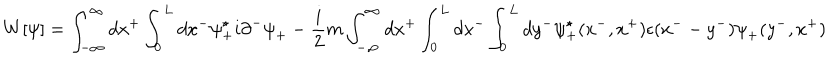
W [ { \psi } ] = \int _ { - \infty } ^ { \infty } d x ^ { + } \int _ { 0 } ^ { L } d x ^ { - } { \psi } _ { + } ^ { \star } i { \partial } ^ { - } { \psi } _ { + } - \frac { i } { 2 } m \int _ { - \infty } ^ { \infty } d x ^ { + } \int _ { 0 } ^ { L } d x ^ { - } \int _ { 0 } ^ { L } d y ^ { - } { \psi } _ { + } ^ { \star } ( x ^ { - } , x ^ { + } ) \epsilon ( x ^ { - } - y ^ { - } ) { \psi } _ { + } ( y ^ { - } , x ^ { + } )